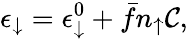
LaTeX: \epsilon_{\downarrow}=\epsilon_{\downarrow}^{0}+\bar{f}n_{\uparrow}{\mathcal C},